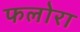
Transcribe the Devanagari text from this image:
फलोरा